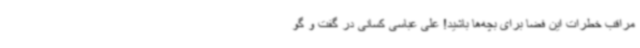
مراقب خطرات این فضا برای بچه‌ها باشید! علی عباسی کسانی در گفت و گو